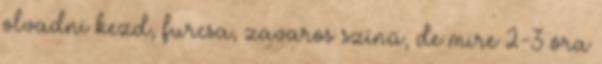
olvadni kezd, furcsa, zavaros színű, de mire 2-3 óra